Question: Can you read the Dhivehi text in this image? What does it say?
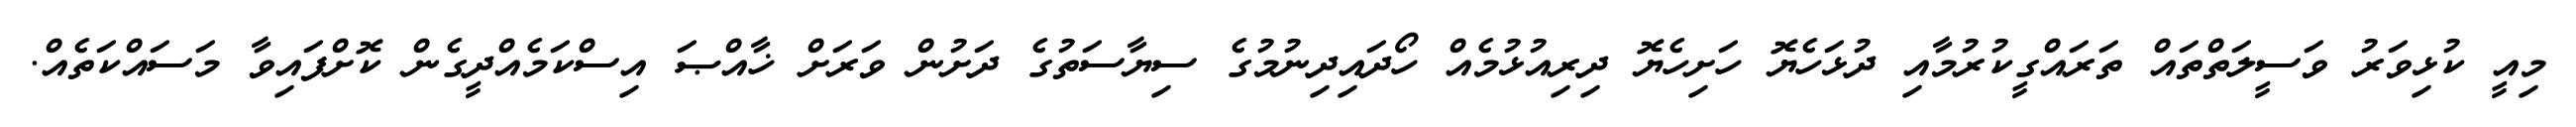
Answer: މިއީ ކުޅިވަރު ވަސީލަތްތައް ތަރައްގީކުރުމާއި ދުޅަހެޔޮ ހަށިހެޔޮ ދިރިއުޅުމެއް ހޯދައިދިނުމުގެ ސިޔާސަތުގެ ދަށުން ވަރަށް ޚާއްޞަ އިސްކަމެއްދީގެން ކޮށްފައިވާ މަސައްކަތެއް.